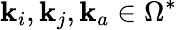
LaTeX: \mathbf{k}_{i},\mathbf{k}_{j},\mathbf{k}_{a}\in\Omega^{*}